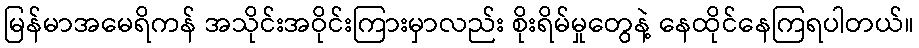
မြန်မာအမေရိကန် အသိုင်းအဝိုင်းကြားမှာလည်း စိုးရိမ်မှုတွေနဲ့ နေထိုင်နေကြရပါတယ်။